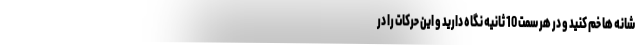
شانه ها خم کنید و در هر سمت 10 ثانیه نگاه دارید و این حرکات را در